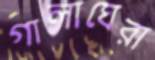
গালাঘেরা